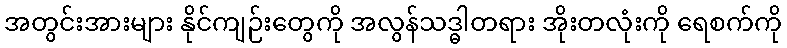
အတွင်းအားများ နိုင်ကျဉ်းတွေကို အလွန်သဒ္ဓါတရား အိုးတလုံးကို ရေစက်ကို